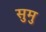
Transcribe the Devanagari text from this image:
सुमु